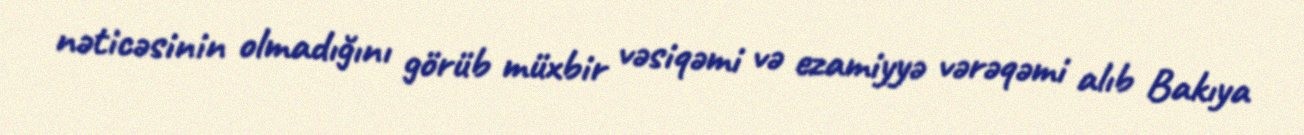
nəticəsinin olmadığını görüb müxbir vəsiqəmi və ezamiyyə vərəqəmi alıb Bakıya